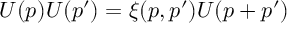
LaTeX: U ( p ) U ( p ^ { \prime } ) = \xi ( p , p ^ { \prime } ) U ( p + p ^ { \prime } )